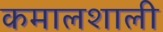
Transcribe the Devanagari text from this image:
कमालशाली